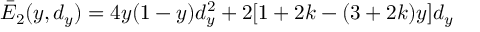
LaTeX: \bar { E } _ { 2 } ( y , d _ { y } ) = 4 y ( 1 - y ) d _ { y } ^ { 2 } + 2 [ 1 + 2 k - ( 3 + 2 k ) y ] d _ { y }